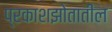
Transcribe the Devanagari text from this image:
प्रकाशझोतातील